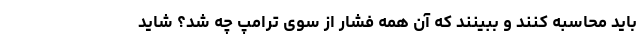
باید محاسبه کنند و ببینند که آن همه فشار از سوی ترامپ چه شد؟ شاید